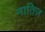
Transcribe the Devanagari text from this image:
मातिज़